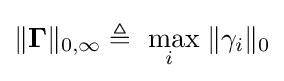
{\textstyle \|\mathbf {\Gamma } \|_{0,\infty }\triangleq {\underset {i}{\text{ max}}}\;\|\gamma _{i}\|_{0}}